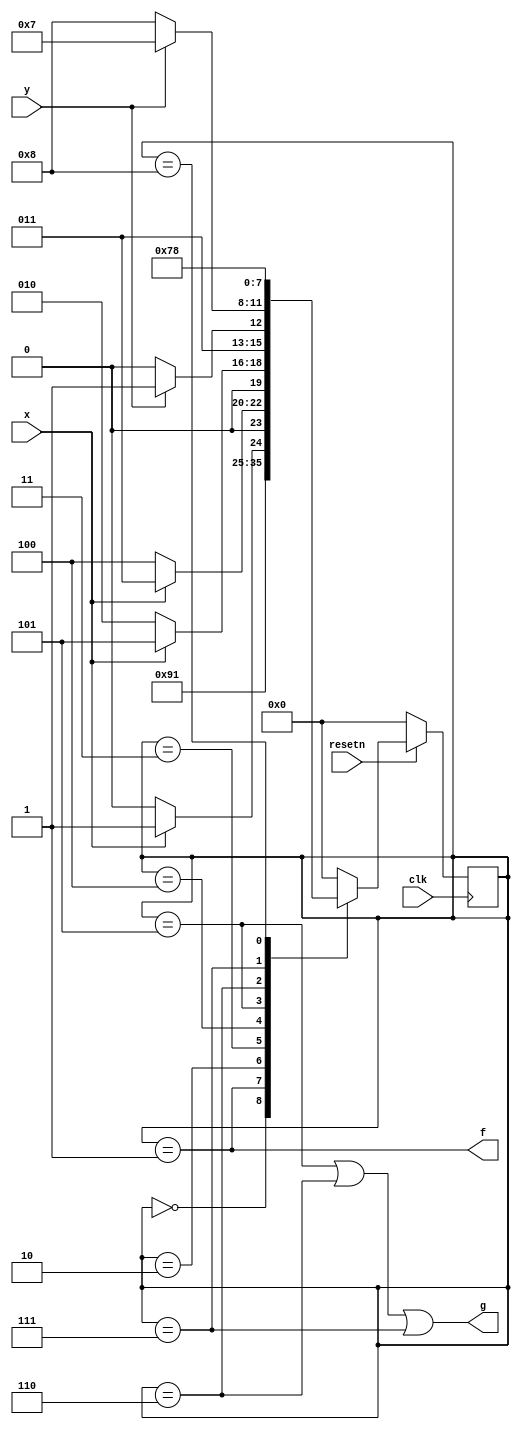
module top_module (
    input clk,
    input resetn,    // active-low synchronous reset
    input x,
    input y,
    output f,
    output g
); 
    
    reg [3:0] state , next_state;
    
    always @(*) begin
        case(state)
            4'h0:	next_state = resetn? 4'h1 : 4'h0;
            4'h1:	next_state = 4'h2;
            4'h2:	next_state = x? 4'h3 : 4'h2;
            4'h3:	next_state = x? 4'h3 : 4'h4;
            4'h4:	next_state = x? 4'h5 : 4'h2;
            4'h5:	next_state = y? 4'h7 : 4'h6;
            4'h6:	next_state = y? 4'h7 : 4'h8;
            4'h7:	next_state = 4'h7;
            4'h8:	next_state = 4'h8;
            default:	next_state = 4'h0;
        endcase
    end
    
    always @(posedge clk) begin
        if(~resetn)
            state <= 4'h0;
        else
            state <= next_state;
    end
    
    assign f = (state == 4'h1);
    assign g = (state == 4'h5) || (state == 4'h6) || (state == 4'h7);

endmodule